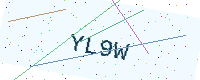
Text: YL9W